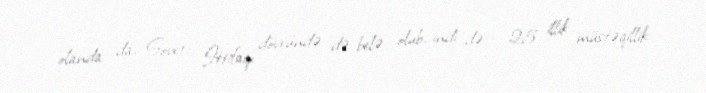
olanda da, Sovet İttifaqı dövründə də belə olub, indi də - 25 illik müstəqillik